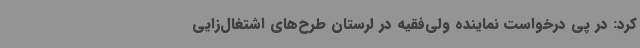
کرد: در پی درخواست نماینده ولی‌فقیه در لرستان طرح‌های اشتغال‌زایی